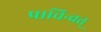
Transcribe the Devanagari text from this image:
प्राचिन्वत्‌